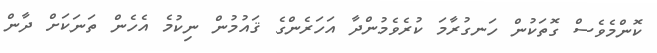
ކޮންމެވެސް ގޮތަކުން ހަނގުރާމަ ކުރެވެމުންދާ އަހަރެންގެ ޤައުމުން ނިކުމެ އެހެން ތަނަކަށް ދާން